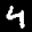
Label: 4